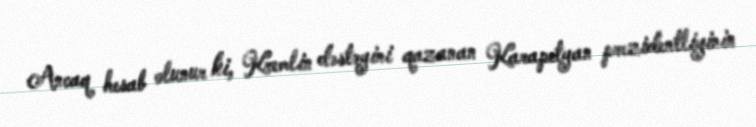
Ancaq hesab olunur ki, Kremlin dəstəyini qazanan Karapetyan prezidentliyinin